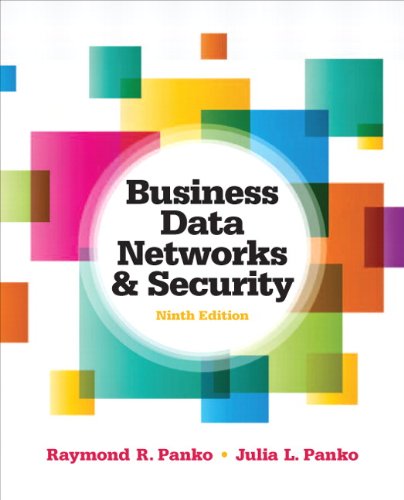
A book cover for Business Data Networks and Security (9th Edition); Raymond R. Panko; Computers & Technology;